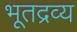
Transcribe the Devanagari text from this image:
भूतद्रव्य